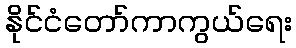
နိုင်ငံတော်ကာကွယ်ရေး